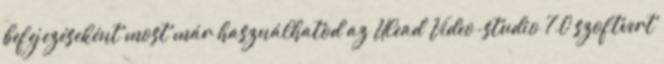
befejezéseként most már használhatod az Ulead Video-studio 7.0 szoftvert